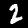
Label: 2